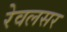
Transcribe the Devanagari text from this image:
रेवलसर